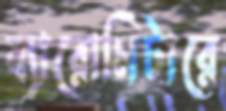
ব্যারোমিটারে